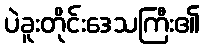
ပဲခူးတိုင်းဒေသကြီး၏